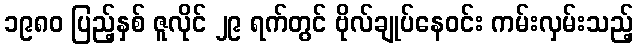
၁၉၈၀ ပြည့်နှစ် ဇူလိုင် ၂၉ ရက်တွင် ဗိုလ်ချုပ်နေဝင်း ကမ်းလှမ်းသည့်